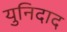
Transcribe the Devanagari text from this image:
युनिदाद